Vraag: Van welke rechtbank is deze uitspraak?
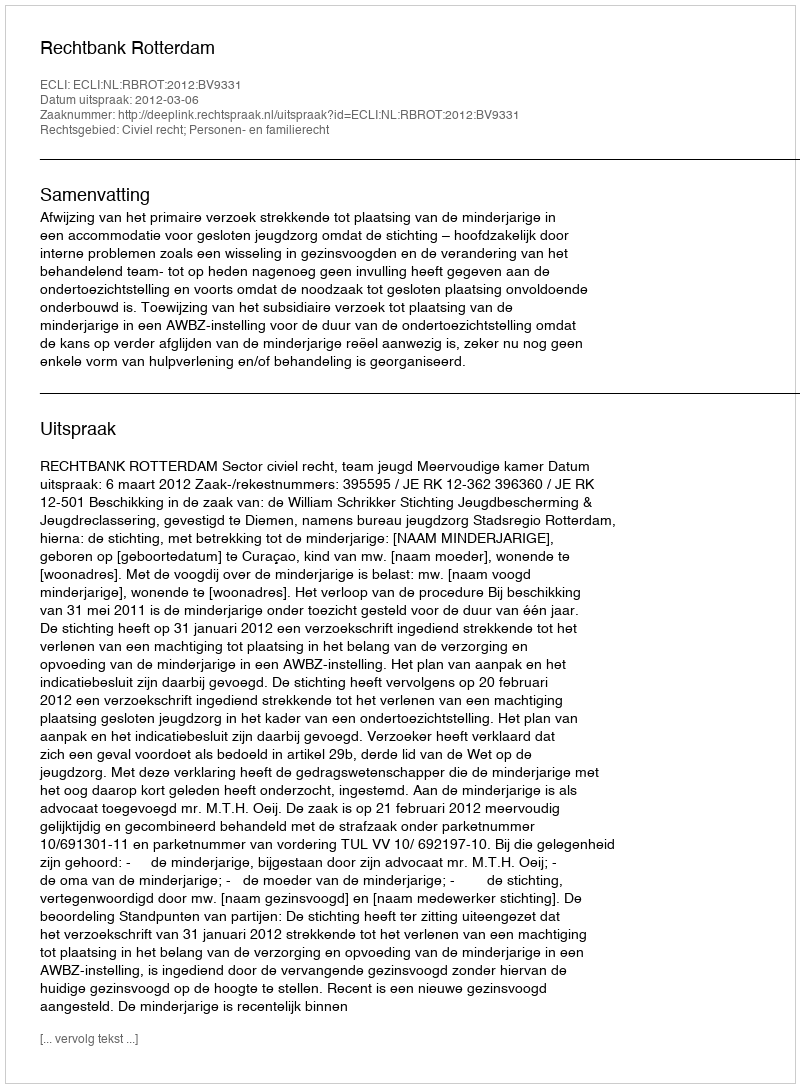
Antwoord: Rechtbank Rotterdam